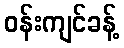
ဝန်းကျင်ခန့်